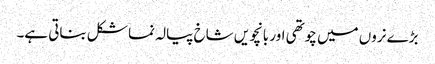
بڑے نروں میں چوتھی اور بانچویں شاخ پیالہ نما شکل بناتی ہے۔